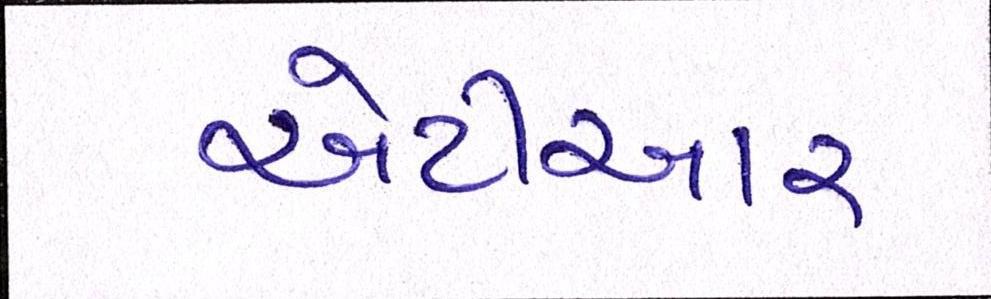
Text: એટીઆર